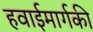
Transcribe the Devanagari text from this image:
हवाईमार्गकी